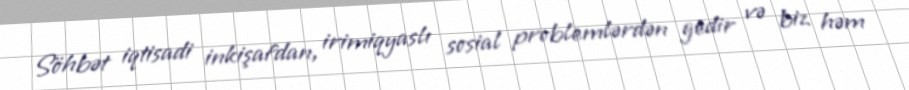
Söhbət iqtisadi inkişafdan, irimiqyaslı sosial problemlərdən gedir və biz həm